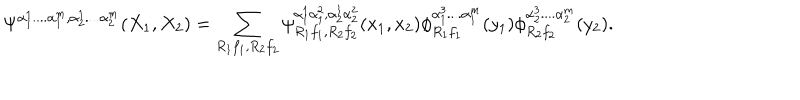
\Psi ^ { \alpha _ { 1 } ^ { 1 } . . . . \alpha _ { 1 } ^ { m } , \alpha _ { 2 } ^ { 1 } . . . . \alpha _ { 2 } ^ { m } } ( X _ { 1 } , X _ { 2 } ) = \sum _ { R _ { 1 } f _ { 1 } , R _ { 2 } f _ { 2 } } \psi _ { R _ { 1 } f _ { 1 } , R _ { 2 } f _ { 2 } } ^ { \alpha _ { 1 } ^ { 1 } \alpha _ { 1 } ^ { 2 } , \alpha _ { 2 } ^ { 1 } \alpha _ { 2 } ^ { 2 } } ( x _ { 1 } , x _ { 2 } ) \phi _ { R _ { 1 } f _ { 1 } } ^ { \alpha _ { 1 } ^ { 3 } . . . . \alpha _ { 1 } ^ { m } } ( y _ { 1 } ) \phi _ { R _ { 2 } f _ { 2 } } ^ { \alpha _ { 2 } ^ { 3 } . . . . \alpha _ { 2 } ^ { m } } ( y _ { 2 } ) .